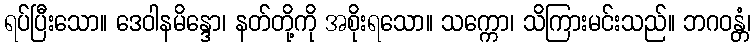
ရပ်ပြီးသော။ ဒေဝါနမိန္ဒော၊ နတ်တို့ကို အစိုးရသော။ သက္ကော၊ သိကြားမင်းသည်။ ဘဂဝန္တံ၊